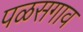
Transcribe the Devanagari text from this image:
पळसगाव